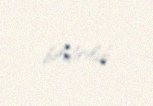
bildirilib.